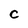
Character: C